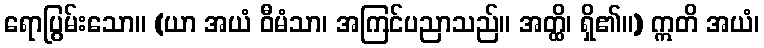
ရောပြွမ်းသော။ (ယာ အယံ ဝီမံသာ၊ အကြင်ပညာသည်။ အတ္ထိ၊ ရှိ၏။) ဣတိ အယံ၊